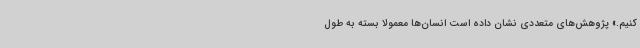
کنیم.» پژوهش‌های متعددی نشان داده است انسان‌ها معمولاً بسته به طول